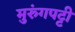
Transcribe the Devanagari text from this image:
मुरुंगपट्टी